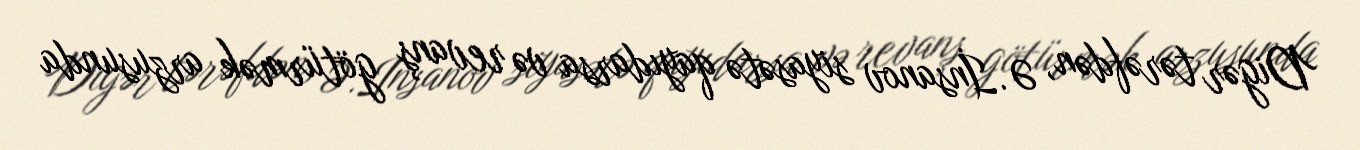
Digər tərəfdən, Ə.İnsanov siyasətə qayıdarsa və revanş götürmək arzusunda